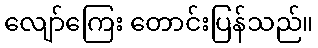
လျော်ကြေး တောင်းပြန်သည်။